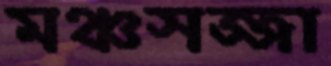
মঞ্চসজ্জা